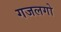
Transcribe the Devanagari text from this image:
गजलगो